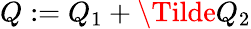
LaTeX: Q:=Q_{1}+\Tilde{Q}_{2}